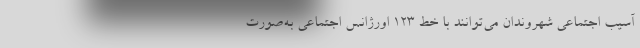
آسیب اجتماعی شهروندان می‌توانند با خط ۱۲۳ اورژانس اجتماعی به‌صورت